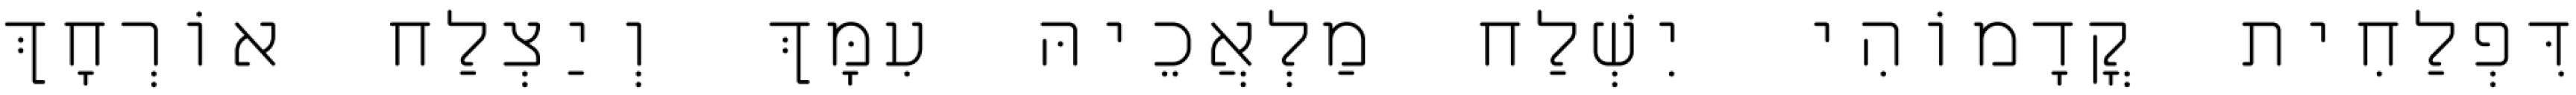
דִּפְלַחִית קֳדָמוֹהִי יִשְׁלַח מַלְאֲכֵיהּ עִמָּךְ וְיַצְלַח אוֹרְחָךְ